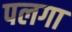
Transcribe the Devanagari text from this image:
पलगा